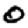
Digit: 0